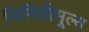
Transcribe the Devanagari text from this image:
निर्मितीमूल्य